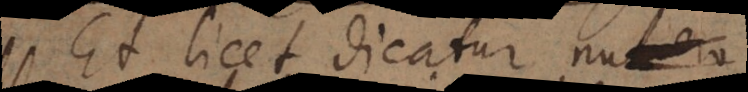
Et licet dicatur n.